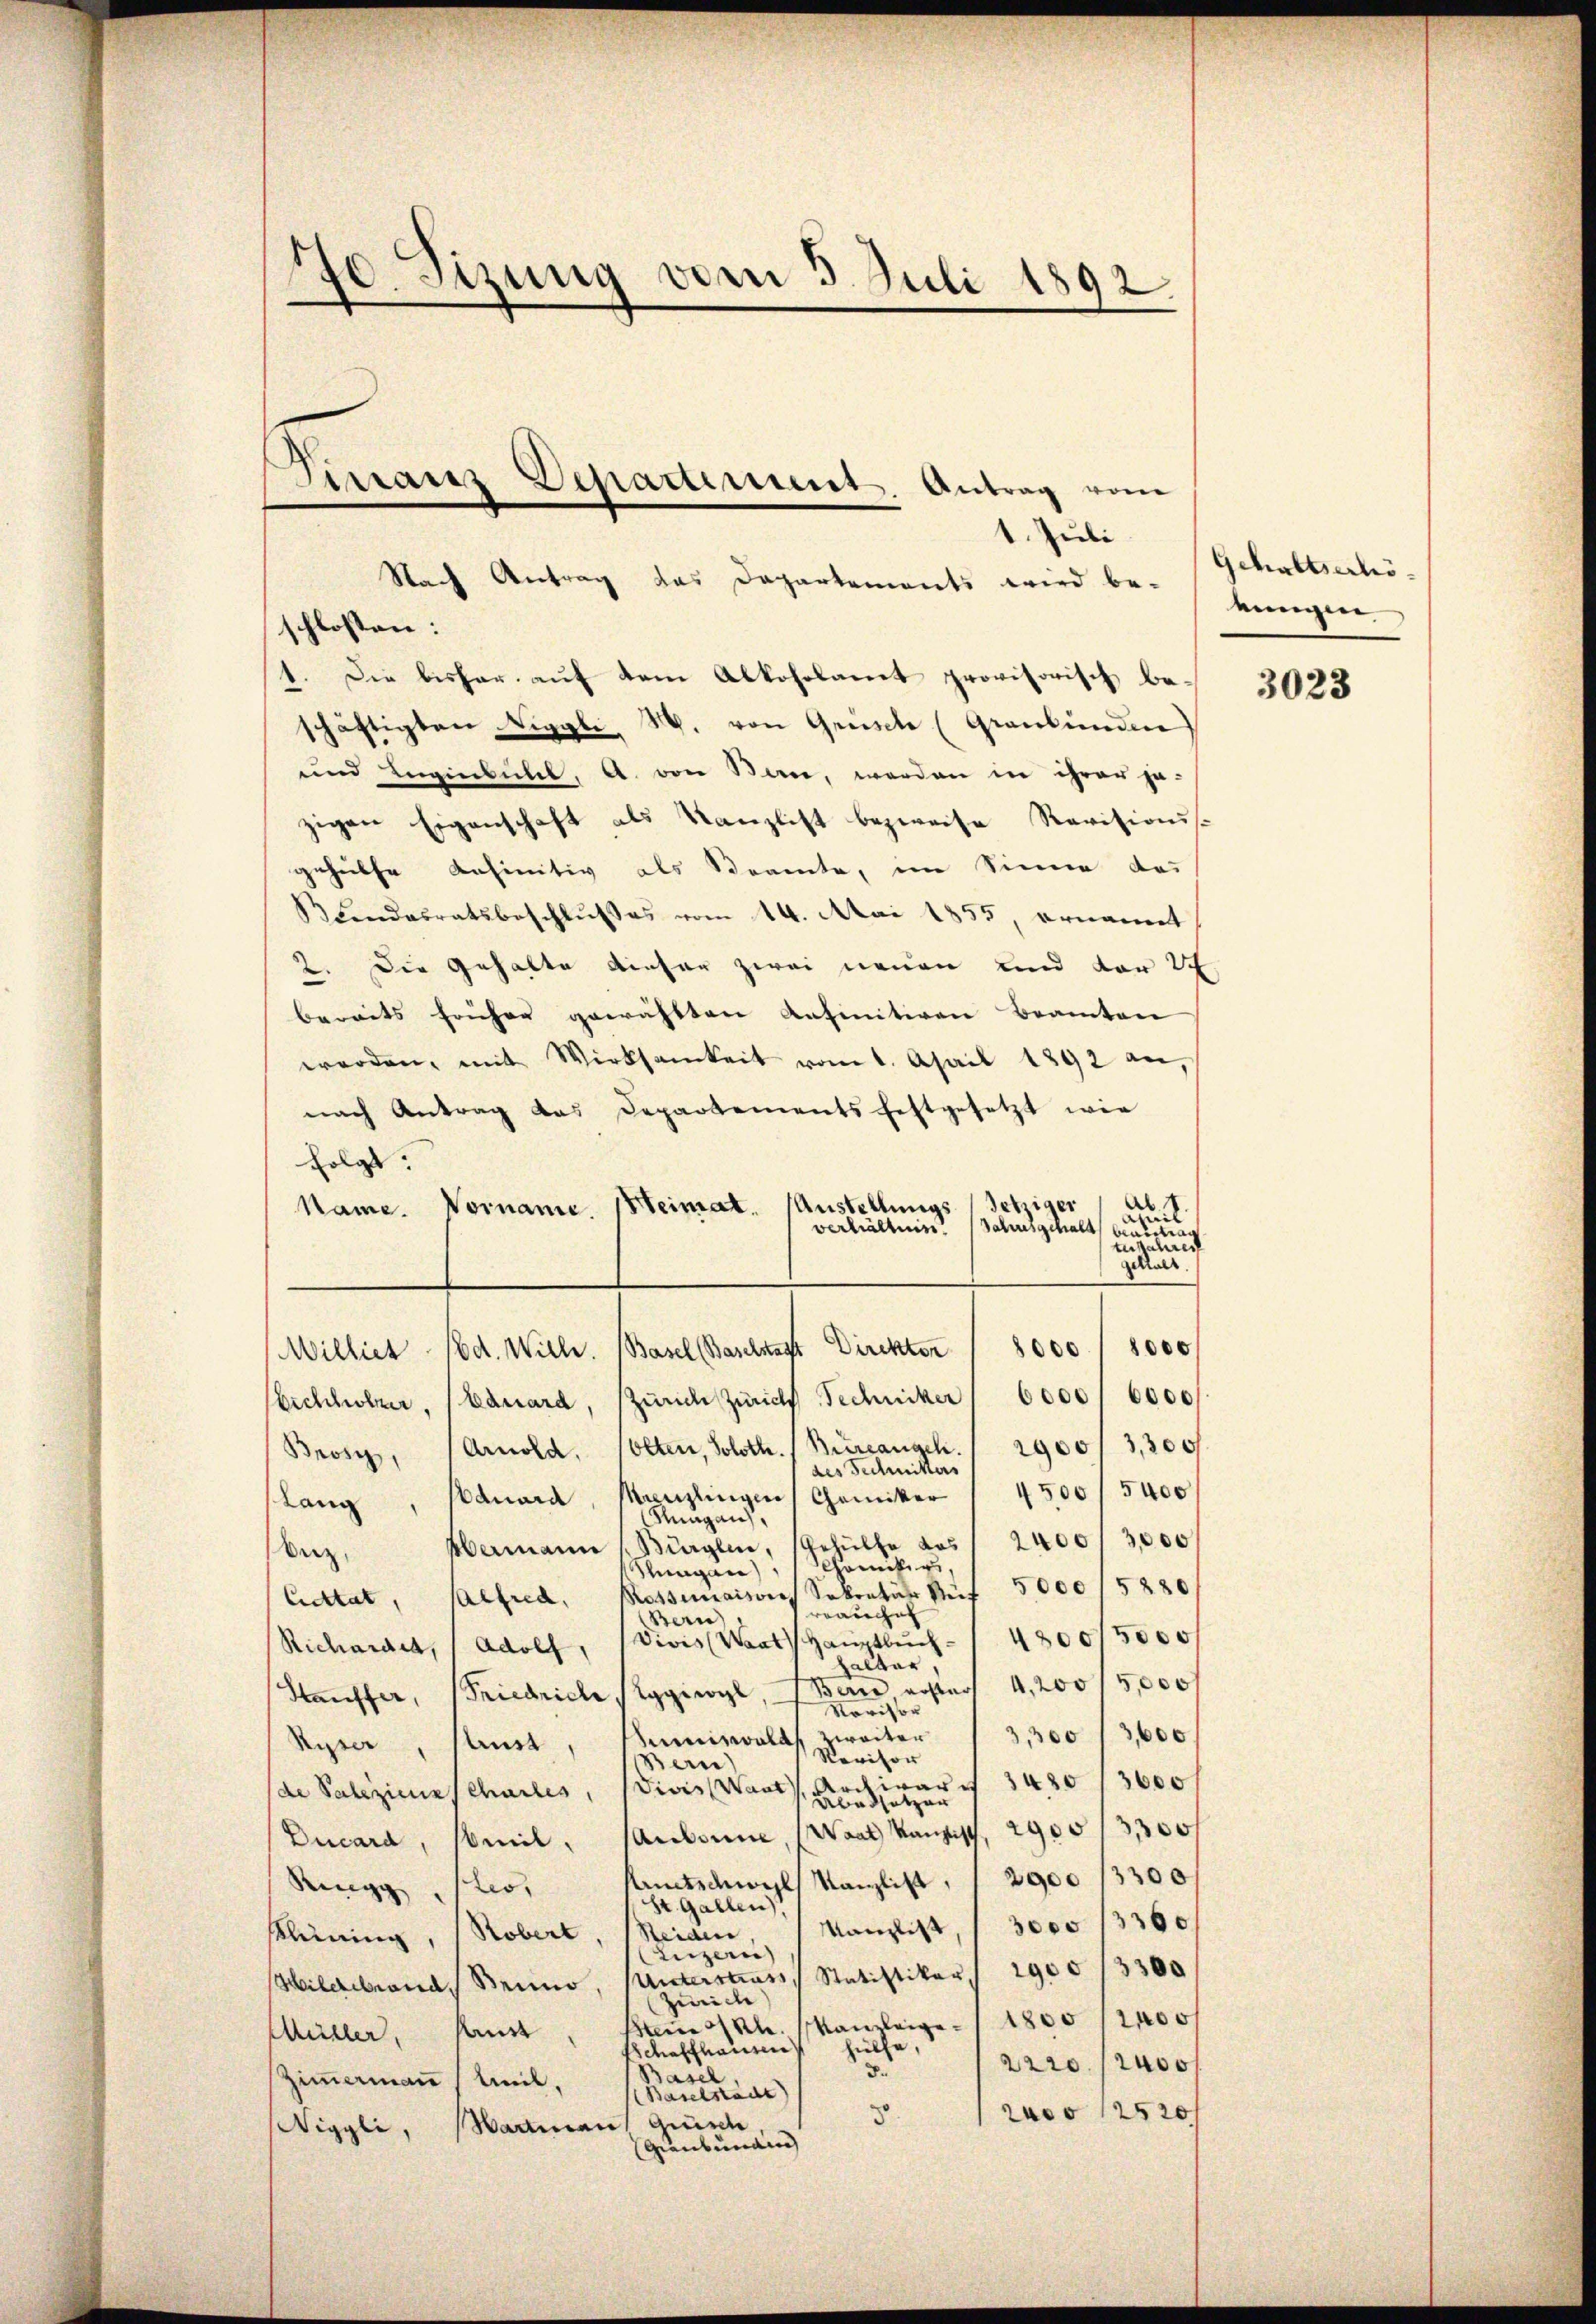
Sizung vom 3. Juli 1892.
d

1. Juli
Nach Antrag das Departements wird be-
schlossen:
1. Die bisher auf dem Alkoholamt provisorisch beschäftigten Siggli, M. von Gensche (Graubünden
und Augenbühel, A. von Bern, werden in ihrer ja-
zigen Eigenschaft als Kanzlist bezweife Revisionss
geheilte definitiv als Beamte, im Sinne das
BLindesratsbeschlusses vom 14. Mai 1855, ernannt
2. Die Gehalte dieser zwei neuen und der Sch
bereits früher gewählten Anfinitiven Beamten
werden, mit Wirksamkeit vom 1. April 1892 an,
nach Antrag das Departements festgesetzt wie
folgt:
Alt
Austellungs jetziger
Heimat.
Name. Vorname.
amil
verhältnis
Jahres gehalt beantrag
tufahres
gehalt.
1000
000
Milliet (od. Wille. Basel Baselsaft Direktor
bechholer, Bauard, stünde Zürich Techniker " 6000/ 6000
Brosi, Arnold, solten, Soloth. / Bureangeh. 1 2900/3,300
des Technitters
4500 / 5400
Manzlingen Chemiker
Lang, Bauara
Rungau,
Hermann (Bürglen, Gehülfe aus 2400/3,000
Derz,
hungen Comistig
Cuttat, Alfred, Rossemaisons Sokratur Ruf 5000/5280
rrauche
Bern)
4800/5000
Vivis (Waas Hauptbuch
Richaidet, Adolf,
halter
Barre erstars 4,200/5,000 f
Htauffer, Friedrich Siggisogl
Novisor
3,300 / 3,600
umiswalds zweiter
Ryser, sanst
Revisor
Bern
Archivar 3430, 3000
de Saleziens schartes, Divis Want
Übersetzer
Aubonne, (Waat kantist, 2900/3,300
Ducara, somil.
Kuntschwyl, Kanzlist, 1 2900 /3300
Ringg ste
St. Gallen
Kanzlist, 3000 /3360
Kleining, (Robert, Seiden
Luzern)
Hilerband Benno, unterstrass Statistiker 1900/3300
Zürich)
Beine kl. Kanzleige 1800 2400
Müller, Haus
hülfe,
Schaffhausen
2220/2400
3.
Hasel,
Zimmermann (weil,
(Baselstadt
2000 12520/
3
Wiggli, Martian Grüsche
Graubungen

Tirranz Departement. Antrag vom

Gehaltserhöeunigen

3023